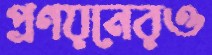
প্রণয়নেরও